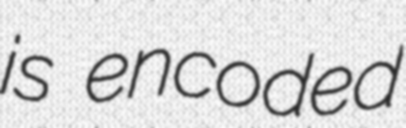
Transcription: is encoded